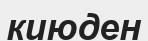
киюден